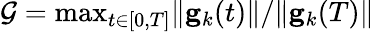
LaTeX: \mathcal{G}=\mathrm{max}_{t\in[0,T]}\| \mathbf{g}_{k}(t)\| /\| \mathbf{g}_{k}(T)\|